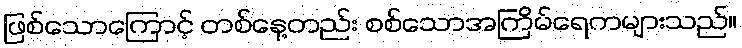
ဖြစ်သောကြောင့် တစ်နေ့တည်း စစ်သောအကြိမ်ရေကများသည်။